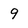
Character: 9